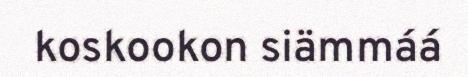
koskookon siämmáá